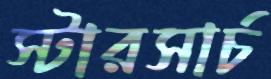
স্টারসার্চ